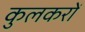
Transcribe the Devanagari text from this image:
कुलकरों